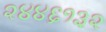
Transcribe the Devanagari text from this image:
२४४६१३२